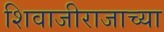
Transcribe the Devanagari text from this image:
शिवाजीराजाच्या